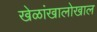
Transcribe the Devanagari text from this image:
खेळांखालोखाल